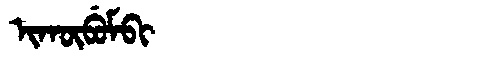
Manchu: ᡳᡴᡡᠪᡠᠮᠪᡳ
Romanization: IKŪBUMBI